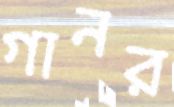
গানর